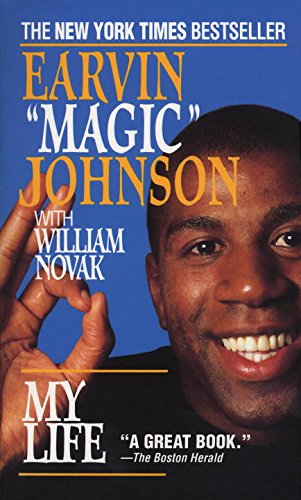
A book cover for My Life; Earvin Magic Johnson; Biographies & Memoirs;